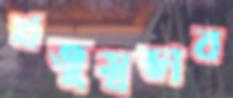
ঋজুস্বভাব